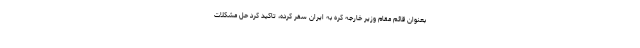
بعنوان قائم مقام وزیر خارجه کره به ایران سفر کرده، تاکید کرد حل مشکلات